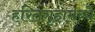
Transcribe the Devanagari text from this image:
हरितगृहामध्ये